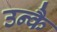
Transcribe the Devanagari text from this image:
उन्कै